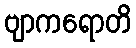
ဗျာကရောတိ